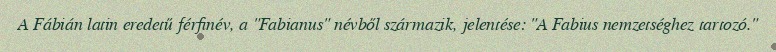
A Fábián latin eredetű férfinév, a "Fabianus" névből származik, jelentése: "A Fabius nemzetséghez tartozó."